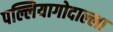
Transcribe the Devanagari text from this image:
पल्लियागोदाल्ला